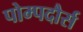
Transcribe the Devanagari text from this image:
पोम्पदौर्स